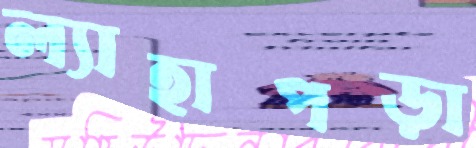
ল্যাহাপড়া